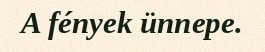
A fények ünnepe.